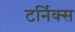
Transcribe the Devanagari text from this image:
टर्निक्स